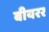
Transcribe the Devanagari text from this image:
बीयरर